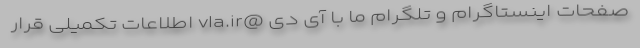
صفحات اینستاگرام و تلگرام ما با آی دی @vla.ir اطلاعات تکمیلی قرار